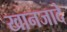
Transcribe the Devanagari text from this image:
खानजादे